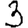
Digit: 3